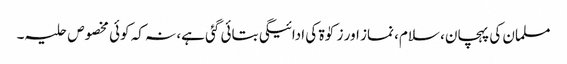
مسلمان کی پہچان، سلام، نماز اور زکوٰۃ کی ادائیگی بتائی گئی ہے، نہ کہ کوئی مخصوص حلیہ۔